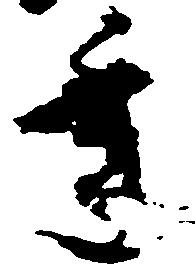
年